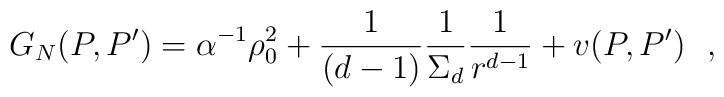
G_N(P,P')=\alpha^{-1} \rho^2_0+{1\over (d-1)}{1\over \Sigma_d}{1\over r^{d-1}}+v(P,P')~~,